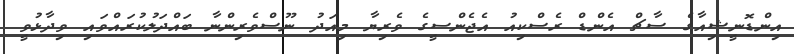
އިންޑޮނީޝިއާގެ ސާޗް އެންޑް ރެސްކިއު އެޖެންސީގެ ވެރިޔާ މިއަދު ނޫސްވެރިންނާ ބައްދަލުކުރައްވައި ވިދާޅުވީ